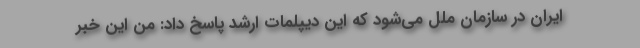
ایران در سازمان ملل می‌شود که این دیپلمات ارشد پاسخ داد: من این خبر